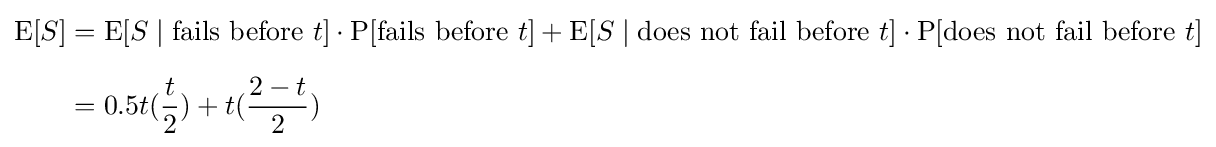
{\begin{aligned}\operatorname {E} [S]&=\operatorname {E} [S\mid {\text{fails before }}t]\cdot \operatorname {P} [{\text{fails before }}t]+\operatorname {E} [S\mid {\text{does not fail before }}t]\cdot \operatorname {P} [{\text{does not fail before }}t]\\[6pt]&=0.5t({\frac {t}{2}})+t({\frac {2-t}{2}})\end{aligned}}